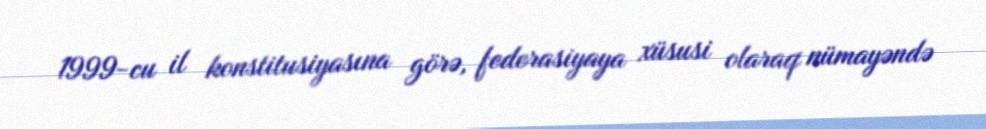
1999-cu il konstitusiyasına görə, federasiyaya xüsusi olaraq nümayəndə